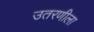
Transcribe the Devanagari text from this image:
उतरणीला